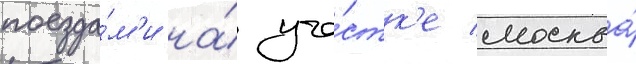
поезда́м'и на́ уча́стк'е москва́